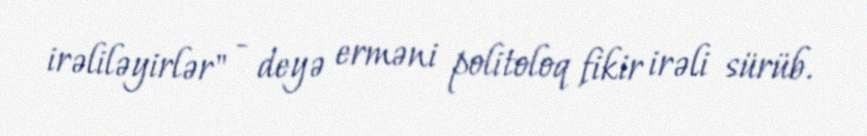
irəliləyirlər" - deyə erməni politoloq fikir irəli sürüb.